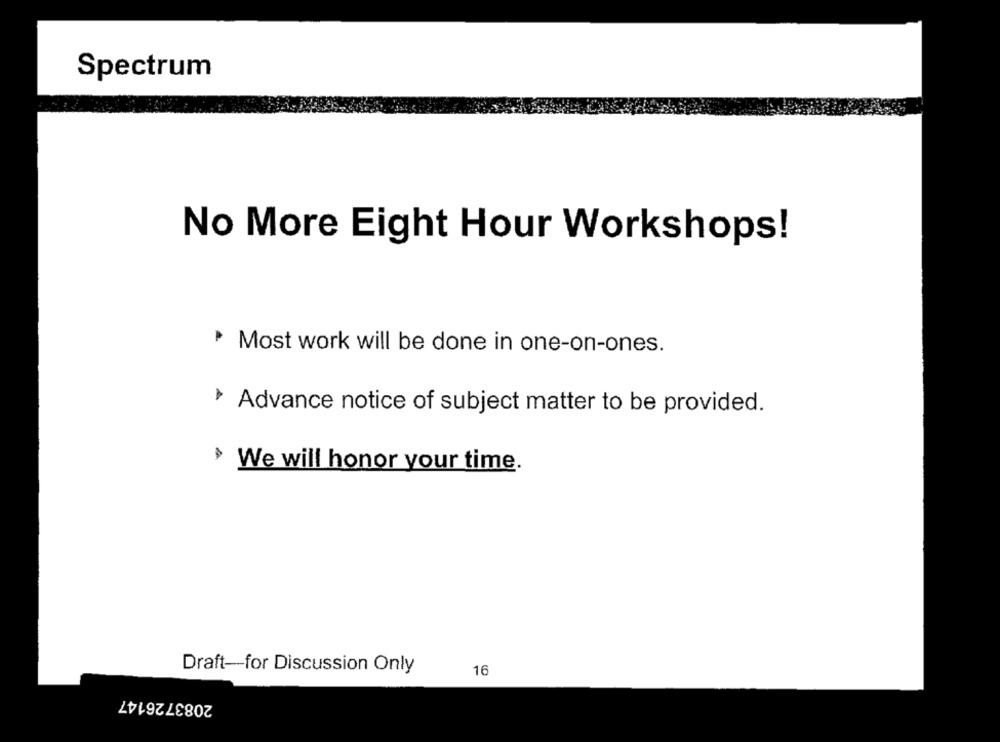
Spectrum
No More Eight Hour Workshops!
Most work will be done in one-on-ones.
› Advance notice of subject matter to be provided.
> We will honor your time.
Draft-for Discussion Only
16
2083726147